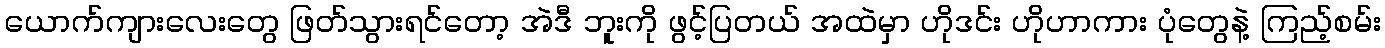
ယောက်ကျားလေးတွေ ဖြတ်သွားရင်တော့ အဲဒီ ဘူးကို ဖွင့်ပြတယ် အထဲမှာ ဟိုဒင်း ဟိုဟာကား ပုံတွေနဲ့ ကြည့်စမ်း